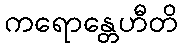
ကရောန္တေဟီတိ